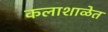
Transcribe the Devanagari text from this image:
कलाशाळेत